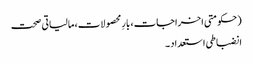
(حکومتی اخراجات، بارِ محصولات، مالیاتی صحت
انضباطی استعداد ۔